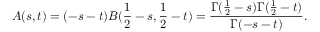
A ( s , t ) = ( - s - t ) B ( \frac { 1 } { 2 } - s , \frac { 1 } { 2 } - t ) = \frac { \Gamma ( \frac { 1 } { 2 } - s ) \Gamma ( \frac { 1 } { 2 } - t ) } { \Gamma ( - s - t ) } .